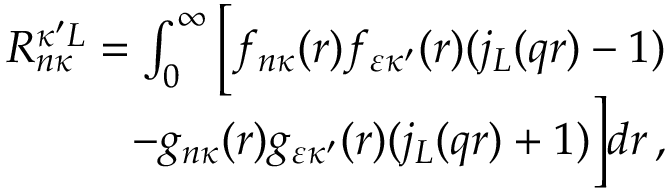
\begin{array} { r } { R _ { n \kappa } ^ { \kappa ^ { \prime } L } = \int _ { 0 } ^ { \infty } \Big [ f _ { n \kappa } { ( r ) } f _ { \varepsilon \kappa ^ { \prime } } { ( r ) } ( j _ { L } { ( q r ) } - 1 ) } \\ { - g _ { n \kappa } { ( r ) } g _ { \varepsilon \kappa ^ { \prime } } { ( r ) } ( j _ { L } { ( q r ) } + 1 ) \Big ] d r \, , } \end{array}